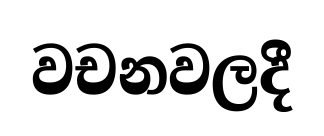
වචනවලදී